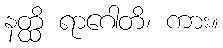
နတ္ထိ ရာဂေါတိ၊ ကား။